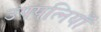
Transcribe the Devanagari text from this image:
उपपत्नियाँ